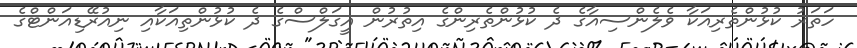
ހަތަރު ކުޅުންތެރިއަކާ ވެލެންސިއާގެ ދެ ކުޅުންތެރިންގެ އިތުރުން އީގަލްސްގެ ދެ ކުޅުންތިއަކާއި ނިއުރޭޑިއަންޓްގެ